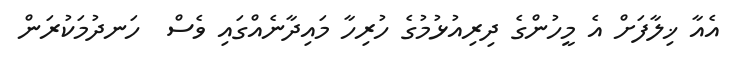
އެއާ ޚިލާފަށް އެ މީހުންގެ ދިރިއުޅުމުގެ ހުރިހާ މައިދާނެއްގައި ވެސް  ހަނދުމަކުރަން